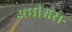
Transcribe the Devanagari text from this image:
अधीश्वरो